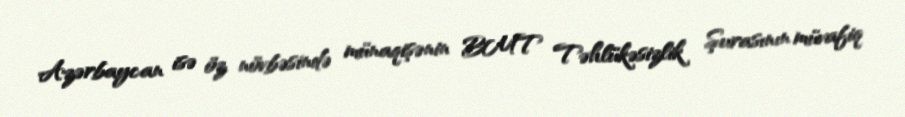
Azərbaycan isə öz növbəsində münaqişənin BMT Təhlükəsizlik Şurasının müvafiq